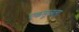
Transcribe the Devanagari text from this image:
एकसुत्रता